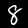
Label: 8